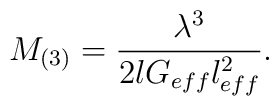
M_{(3)}=\frac{\lambda ^{3}}{2lG_{eff}l_{eff}^{2}}.